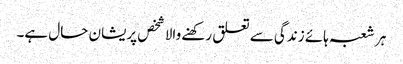
ہر شعبہ ہائے زندگی سے تعلق رکھنے والا شخص پریشان حال ہے۔